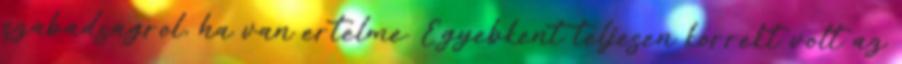
szabadsagrol, ha van ertelme. Egyebkent teljesen korrekt volt az